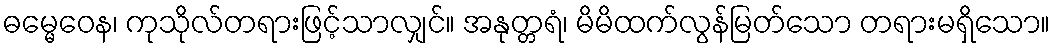
ဓမ္မေဝေန၊ ကုသိုလ်တရားဖြင့်သာလျှင်။ အနုတ္တရံ၊ မိမိထက်လွန်မြတ်သော တရားမရှိသော။